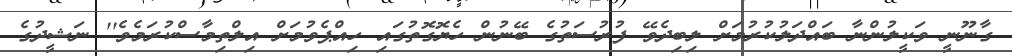
ގާނޫނީ ވަކީލުންނާ ބައްދަލުކުރުމަށް ލިބިދެވޭ ފުރުސަތުގެ ބޭނުން ހެޔޮގޮތުގައި ހިއްޕެވުމަށް އިލްތިމާސްކުރަމެވެ'' ނަޝީދުގެ